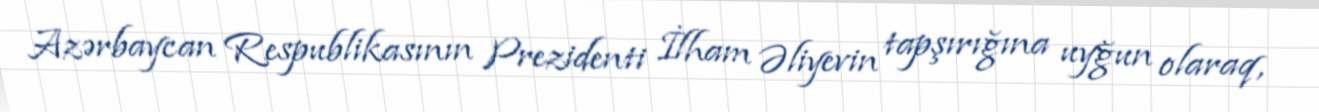
Azərbaycan Respublikasının Prezidenti İlham Əliyevin tapşırığına uyğun olaraq,